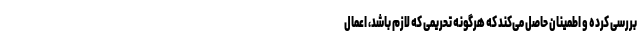
بررسی کرده و اطمینان حاصل می‌کند که هرگونه تحریمی که لازم باشد، اعمال